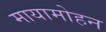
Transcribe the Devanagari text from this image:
मायामोहन